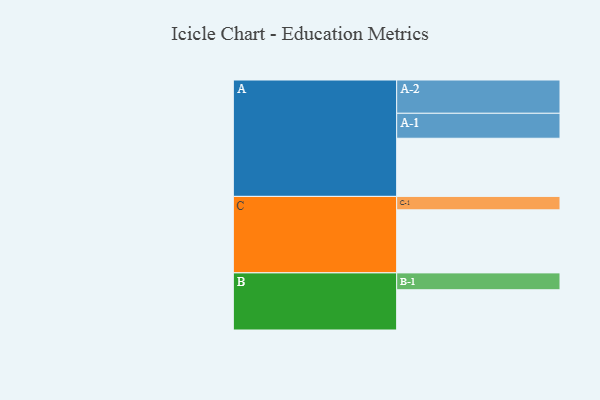
{"axis": {"x": "Segment", "y": "Value"}, "legend": ["", "A", "B", "C"], "data": [{"x": "A", "y": 510, "type": ""}, {"x": "B", "y": 353, "type": ""}, {"x": "C", "y": 553, "type": ""}, {"x": "A-1", "y": 219, "type": "A"}, {"x": "A-2", "y": 292, "type": "A"}, {"x": "B-1", "y": 148, "type": "B"}, {"x": "C-1", "y": 118, "type": "C"}]}